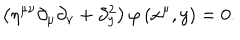
\left( \eta ^ { \mu \nu } \partial _ { \mu } \partial _ { \nu } + \partial _ { y } ^ { 2 } \right) \varphi \left( x ^ { \mu } , y \right) = 0 .